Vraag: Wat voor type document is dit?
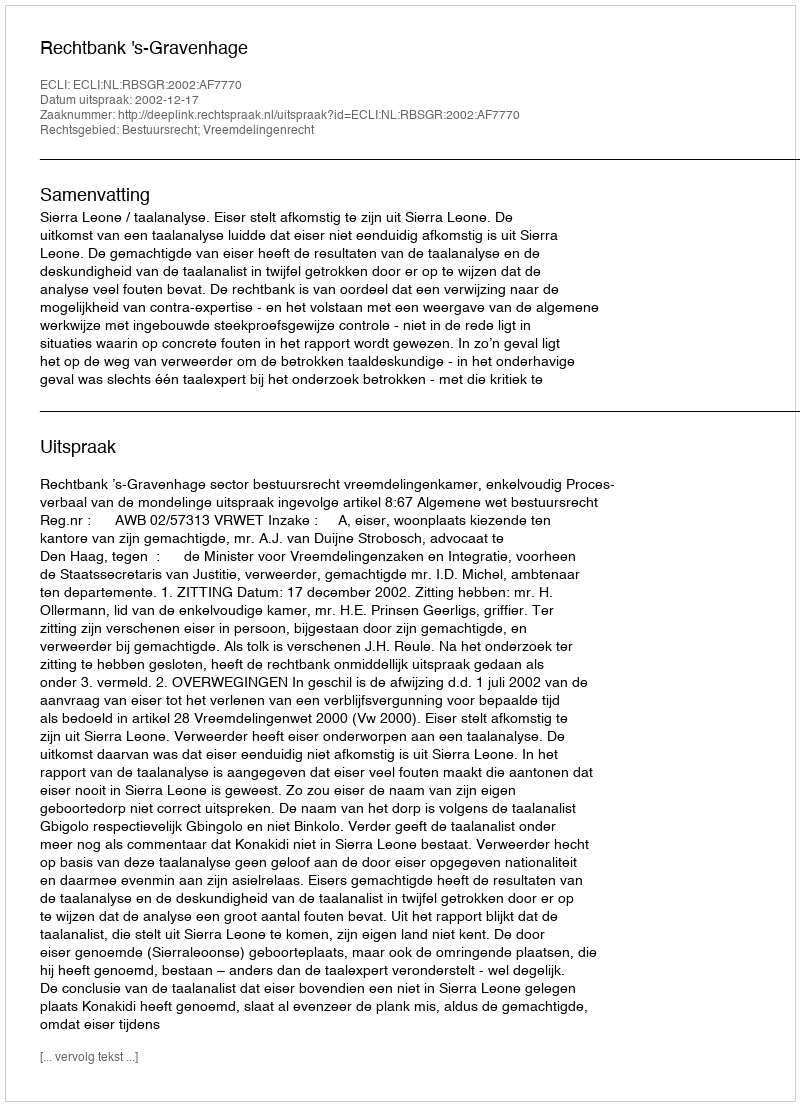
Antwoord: Uitspraak